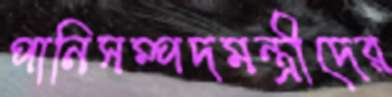
পানিসম্পদমন্ত্রীদের